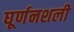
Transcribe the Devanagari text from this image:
घूर्णनशली